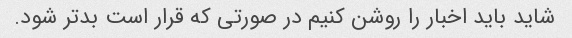
شاید باید اخبار را روشن کنیم در صورتی که قرار است بدتر شود.